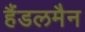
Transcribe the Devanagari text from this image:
हैंडलमैन